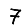
Digit: 7